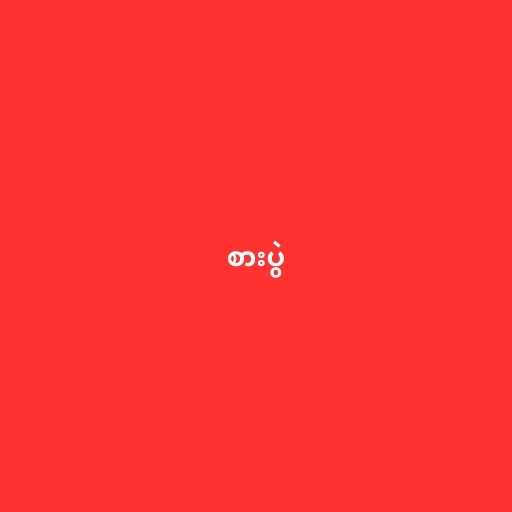
စားပွဲ